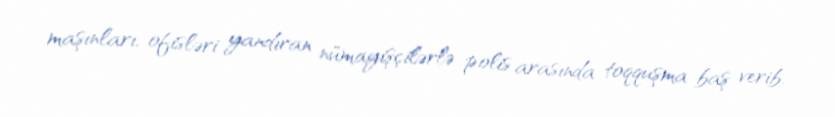
maşınları, ofisləri yandıran nümayişçilərlə polis arasında toqquşma baş verib.